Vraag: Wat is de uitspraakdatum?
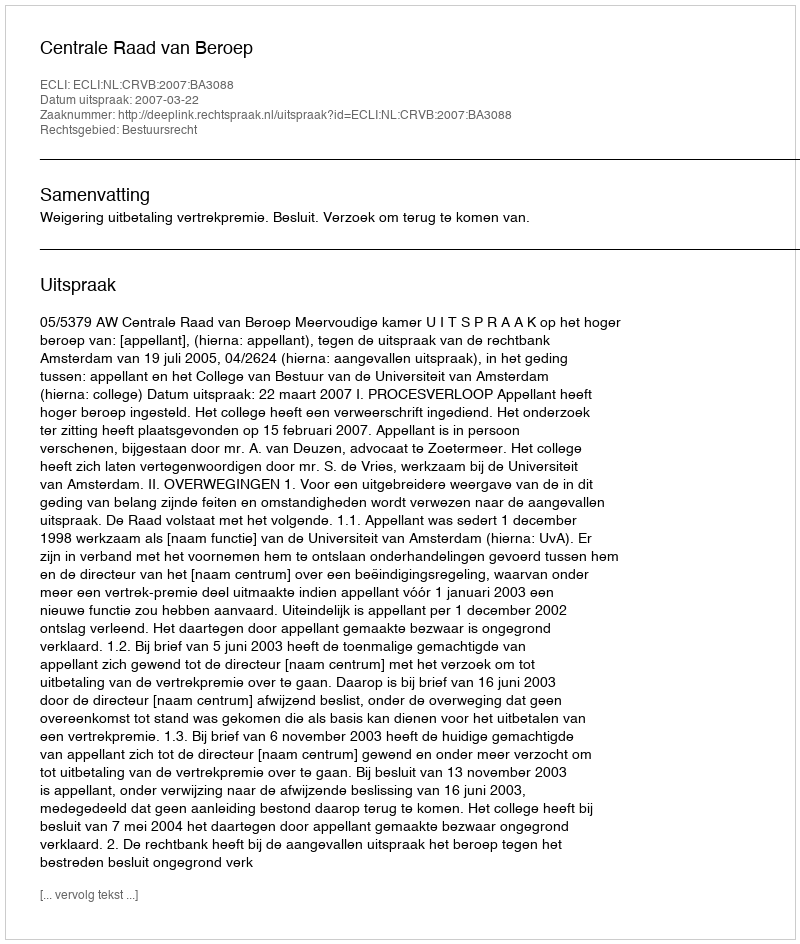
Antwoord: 2007-03-22